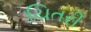
ચિતરી